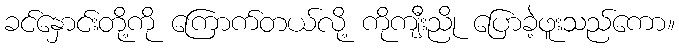
ခင်နှောင်းတို့ကို ကြောက်တယ်လို့ ကိုကျီးညို ပြောခဲ့ဖူးသည်ကော။